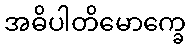
အဓိပါတိမောက္ခေ